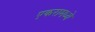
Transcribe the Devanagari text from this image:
एकरामध्ये